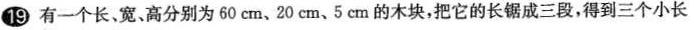
19有一个长。宽、高分别为60cm、20cm、5cm的木块，把它的长锯成三段，得到三个小长